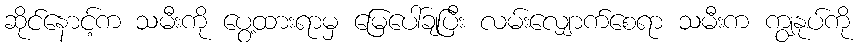
ဆိုင်နောင့်က သမီးကို ပွေ့ထားရာမှ မြေပေါ်ချပြီး လမ်းလျှောက်စေရာ သမီးက ကျွနုပ်ကို